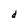
Character: d